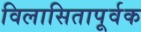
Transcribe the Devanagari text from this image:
विलासितापूर्वक